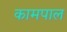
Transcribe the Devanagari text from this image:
कामपाल